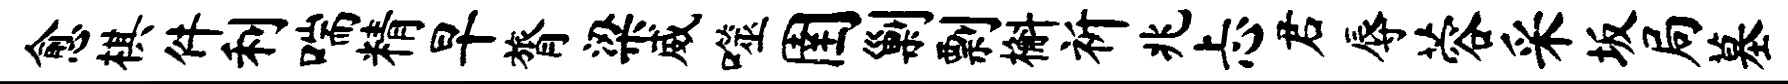
愈棋件利喘精早膂梁威噬圉剿剽槲祈兆忐君辱蓉采坂局墓